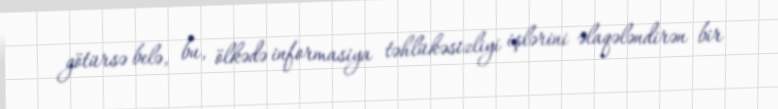
götürsə belə, bu, ölkədə informasiya təhlükəsizliyi işlərini əlaqələndirən bir